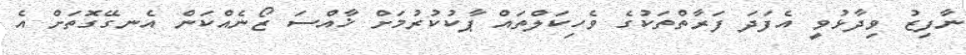
ނާފިޒު ވިދާޅުވީ އެފަދަ ފަރާތްތަކުގެ ވެހިކަލްތައް ޕާކުކުރުމަށް ޚާއްސަ ޒޯނެއްކަން އެނގޭގޮތަށް އެ